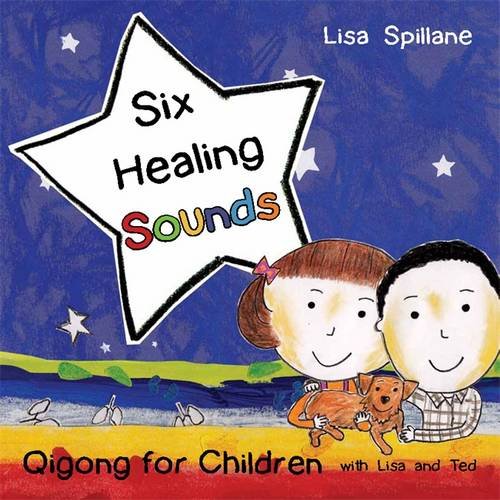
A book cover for Six Healing Sounds with Lisa and Ted: Qigong for Children; Lisa Spillane; Health, Fitness & Dieting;